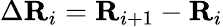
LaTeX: \Delta\mathbf{R}_{i}=\mathbf{R}_{i+1}-\mathbf{R}_{i}